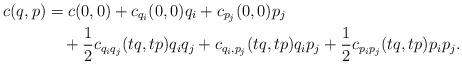
LaTeX: \begin{align*} c(q,p) &= c(0,0) + c_{q_i}(0,0)q_i + c_{p_j}(0,0)p_j\\ &\quad+\frac{1}{2}c_{q_iq_j}(tq,tp)q_iq_j+c_{q_i,p_j}(tq,tp)q_ip_j + \frac{1}{2}c_{p_ip_j}(tq,tp)p_ip_j. \end{align*}